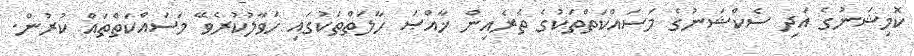
ކޮމިޝަނުގެ އަދި ސެކްޝަނުގެ މަސައްކަތްތަކުގެ ތެރެއިން ޚާއްޞަ ހާލަތްތަކުގައި ހަވާލުކުރެވޭ މަސައްކަތްތައް ކުރުން.